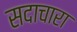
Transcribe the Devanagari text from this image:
सदाचारा